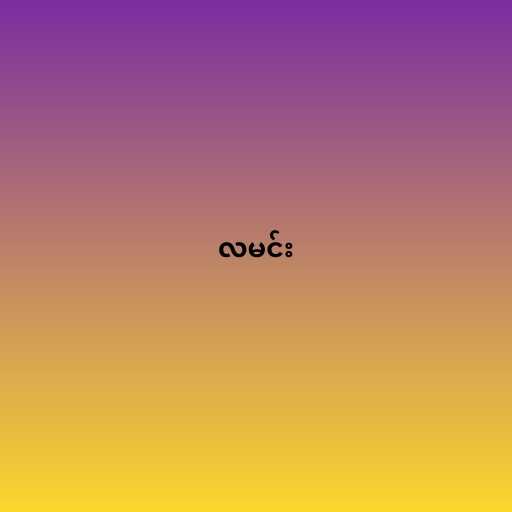
လမင်း